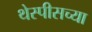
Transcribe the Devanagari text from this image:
थेस्पीसच्या